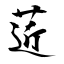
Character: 菦